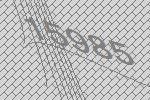
15985